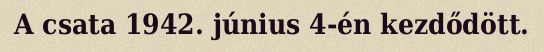
A csata 1942. június 4-én kezdődött.